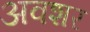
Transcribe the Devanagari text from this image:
अवशर